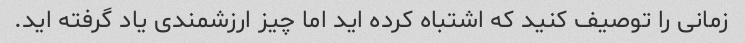
زمانی را توصیف کنید که اشتباه کرده اید اما چیز ارزشمندی یاد گرفته اید.